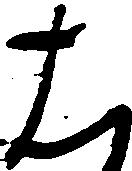
は